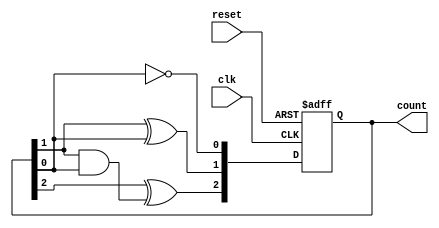
module ripple_counter (
    input wire clk,        // Clock input
    input wire reset,      // Asynchronous active-high reset
    output reg [2:0] count // 3-bit counter output
);

// Always block triggered on the rising edge of the clock or when reset is high
always @(posedge clk or posedge reset) begin
    if (reset) begin
        count <= 3'b000; // Reset counter to 0
    end else begin
        count[0] <= ~count[0]; // Toggle the least significant bit
        count[1] <= count[1] ^ count[0]; // Toggle the second bit if LSB is 1
        count[2] <= count[2] ^ (count[1] & count[0]); // Toggle the third bit if both LSB and second bit are 1
    end
end

endmodule